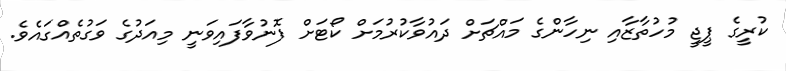
ކުރީގެ ޕީޖީ މުހުތާޒާއި ނިހާންގެ މައްޗަށް ދައުވާކުރުމަށް ކޯޓަށް ފޮނުވާފައިވަނީ މިއަދުގެ ވަގުތެއްގައެވެ.